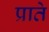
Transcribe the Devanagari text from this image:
प्राते